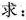
求：